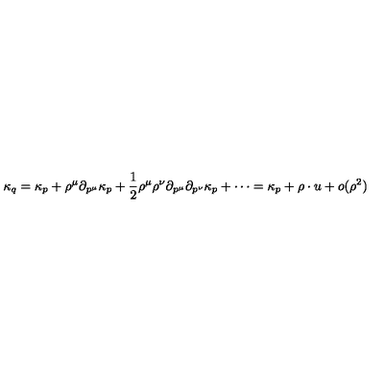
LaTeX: \kappa _ { q } = \kappa _ { p } + \rho ^ { \mu } \partial _ { p ^ { \mu } } \kappa _ { p } + \frac { 1 } { 2 } \rho ^ { \mu } \rho ^ { \nu } \partial _ { p ^ { \mu } } \partial _ { p ^ { \nu } } \kappa _ { p } + \cdots = \kappa _ { p } + \rho \cdot u + o ( \rho ^ { 2 } )